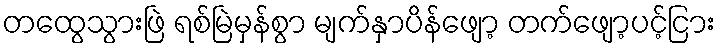
တထွေသွားဖြဲ ရစ်မြဲမှန်စွာ မျက်နှာပိန်ဖျော့ တက်ဖျော့ပင့်ငြား